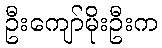
ဦးကျော်မိုးဦးက